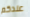
عندكم